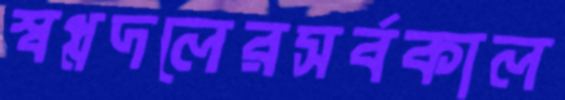
স্বপ্নদলেরসর্বকাল